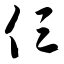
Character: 仨